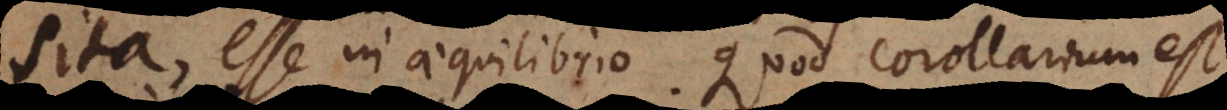
sita, esse in aequilibrio. Quod corollarium est